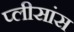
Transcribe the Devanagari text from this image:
प्लीसांस